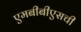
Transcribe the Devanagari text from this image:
एमबीबीएसची